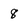
Character: 8